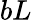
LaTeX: bL